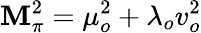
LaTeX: \mathbf{M}_{\pi}^{2}=\mu_{o}^{2}+\lambda_{o}v_{o}^{2}